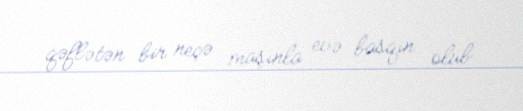
qəflətən bir neçə maşınla evə basqın olub.